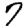
Digit: 7